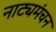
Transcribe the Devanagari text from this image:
नाट्यमंचन